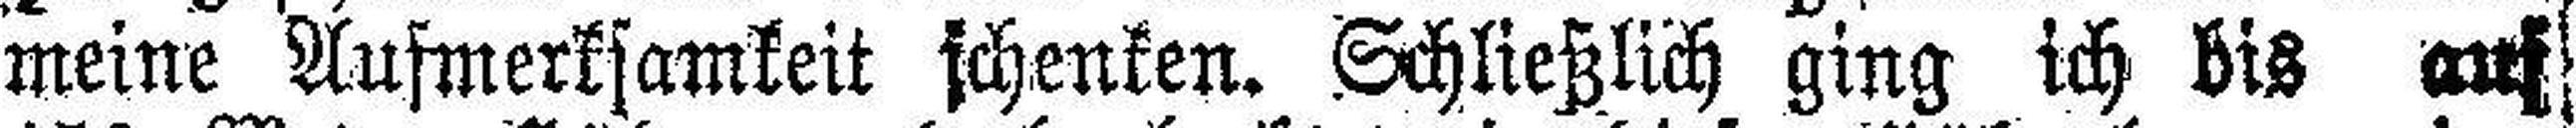
meine Aufmerksamkeit schenken. Schließlich ging ich bis auf